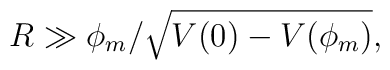
R \gg \phi_m/\sqrt{V(0)-V(\phi_m)},